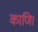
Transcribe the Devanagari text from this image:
काणि।